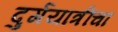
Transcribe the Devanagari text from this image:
दुर्गयात्रींचा